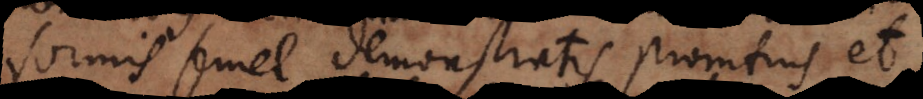
formis semel demonstratis promtius et